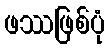
ဖဿဖြစ်ပုံ